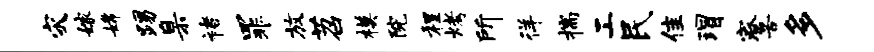
灾嫁嫦踢臬褚罪放苕模院程烤所徉揣工民隹瑁寮苦多